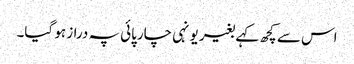
اس سے کچھ کہے بغیر یونہی چارپائی پہ دراز ہو گیا۔